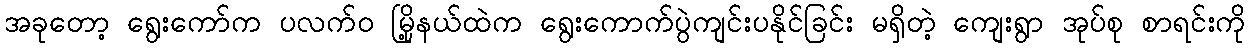
အခုတော့ ရွေးကော်က ပလက်၀ မြို့နယ်ထဲက ရွေးကောက်ပွဲကျင်းပနိုင်ခြင်း မရှိတဲ့ ကျေးရွာ အုပ်စု စာရင်းကို